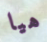
هيا